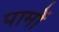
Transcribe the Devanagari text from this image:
पामों